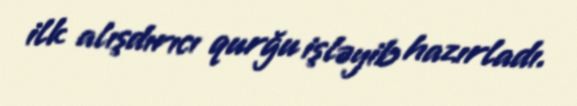
ilk alışdırıcı qurğu işləyib hazırladı.